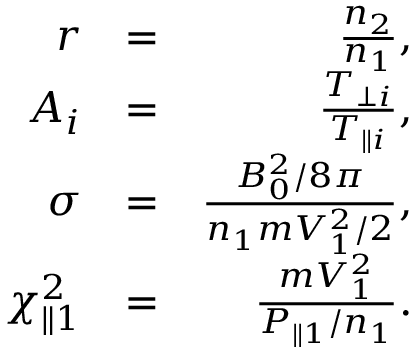
\begin{array} { r l r } { r } & { = } & { \frac { n _ { 2 } } { n _ { 1 } } , } \\ { A _ { i } } & { = } & { \frac { T _ { \perp i } } { T _ { \parallel i } } , } \\ { \sigma } & { = } & { \frac { B _ { 0 } ^ { 2 } / 8 \pi } { n _ { 1 } m V _ { 1 } ^ { 2 } / 2 } , } \\ { \chi _ { \parallel 1 } ^ { 2 } } & { = } & { \frac { m V _ { 1 } ^ { 2 } } { P _ { \parallel 1 } / n _ { 1 } } . } \end{array}